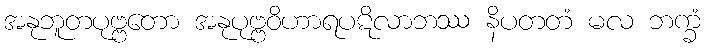
အနုဘူတပုဗ္ဗတော အနုပုဗ္ဗဝိဟာရပဋိလာဘဿ နိပတတံ မလ ဘက္ခံ